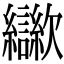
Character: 㱍